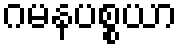
ဂမနပစ္စယာ